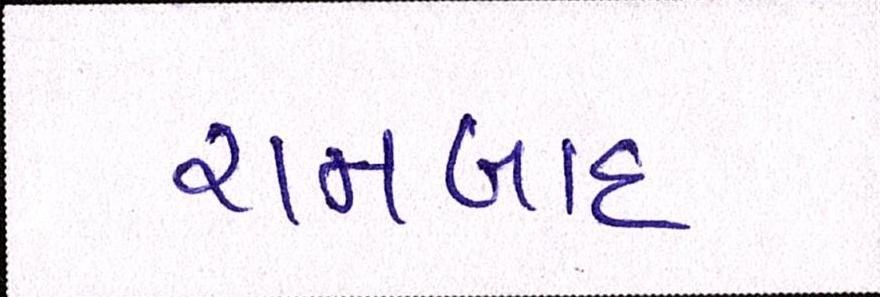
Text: રામબાદ